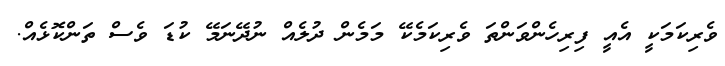
ވެރިކަމަކީ އެއީ ފިރިހެންވަންތަ ވެރިކަމެކޭ މަމެން ދުލެއް ނުދޭނަމޭ ކުޑަ ވެސް ތަންކޮޅެއް.